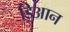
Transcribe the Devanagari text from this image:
डिआन